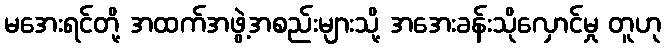
မအေးရင်တို့ အထက်အဖွဲ့အစည်းများသို့ အအေးခန်းသိုလှောင်မှု တူဟု